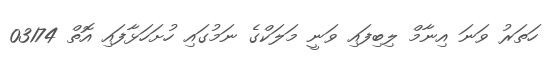
ހަތަރު ވަނަ އިނާމް ލިބިފައި ވަނީ މަލަކްގެ ނަމުގައި ހުށަހަޅާފައި އޮތް 03174